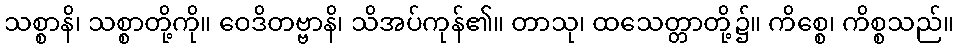
သစ္စာနိ၊ သစ္စာတို့ကို။ ဝေဒိတဗ္ဗာနိ၊ သိအပ်ကုန်၏။ တာသု၊ ထသေတ္တာတို့၌။ ကိစ္စေ၊ ကိစ္စသည်။